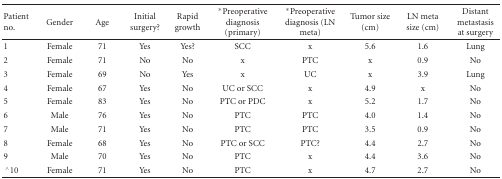
| Patient no. | Gender | Age | Initial surgery? | Rapid growth | *Preoperative diagnosis (primary) | *Preoperative diagnosis (LN meta) | Tumor size (cm) | LN meta size (cm) | Distant metastasis at surgery |
 | --- | --- | --- | --- | --- | --- | --- | --- | --- | --- |
 | 1 | Female | 71 | Yes | Yes? | SCC | x | 5.6 | 1.6 | Lung |
 | 2 | Female | 71 | No | No | x | PTC | x | 0.9 | No |
 | 3 | Female | 69 | No | Yes | x | UC | x | 3.9 | Lung |
 | 4 | Female | 67 | Yes | No | UC or SCC | x | 4.9 | x | No |
 | 5 | Female | 83 | Yes | No | PTC or PDC | x | 5.2 | 1.7 | No |
 | 6 | Male | 76 | Yes | No | PTC | PTC | 4.0 | 1.4 | No |
 | 7 | Male | 71 | Yes | No | PTC | PTC | 3.5 | 0.9 | No |
 | 8 | Female | 68 | Yes | No | PTC or SCC | PTC? | 4.4 | 2.7 | No |
 | 9 | Male | 70 | Yes | No | PTC | x | 4.4 | 3.6 | No |
 | ∧10 | Female | 71 | Yes | No | PTC | x | 4.7 | 2.7 | No |